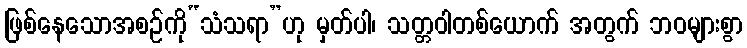
ဖြစ်နေသောအစဉ်ကို“သံသရာ”ဟု မှတ်ပါ၊ သတ္တဝါတစ်ယောက် အတွက် ဘဝများစွာ